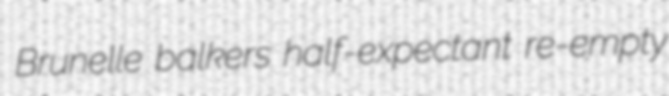
Brunelle balkers half-expectant re-empty